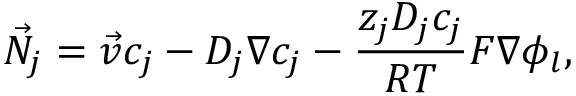
\vec { N } _ { j } = \vec { v } c _ { j } - D _ { j } \nabla c _ { j } - \frac { z _ { j } D _ { j } c _ { j } } { R T } F \nabla \phi _ { l } ,